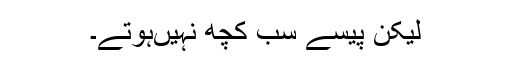
لیکن پیسے سب کچھ نہیں‌ہوتے۔